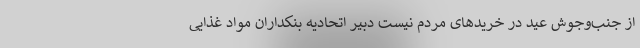
از جنب‌وجوش عید در خریدهای مردم نیست دبیر اتحادیه بنکداران مواد غذایی